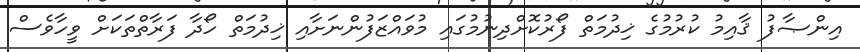
އިންޞާފު ޤާއިމު ކުރުމުގެ ޚިދުމަތް ފޯރުކޮށްދިނުމުގައި މުވައްޒަފުންނަށާއި ޚިދުމަތް ހޯދާ ފަރާތްތަކަށް ވީހާވެސް